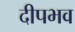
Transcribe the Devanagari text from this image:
दीपभव